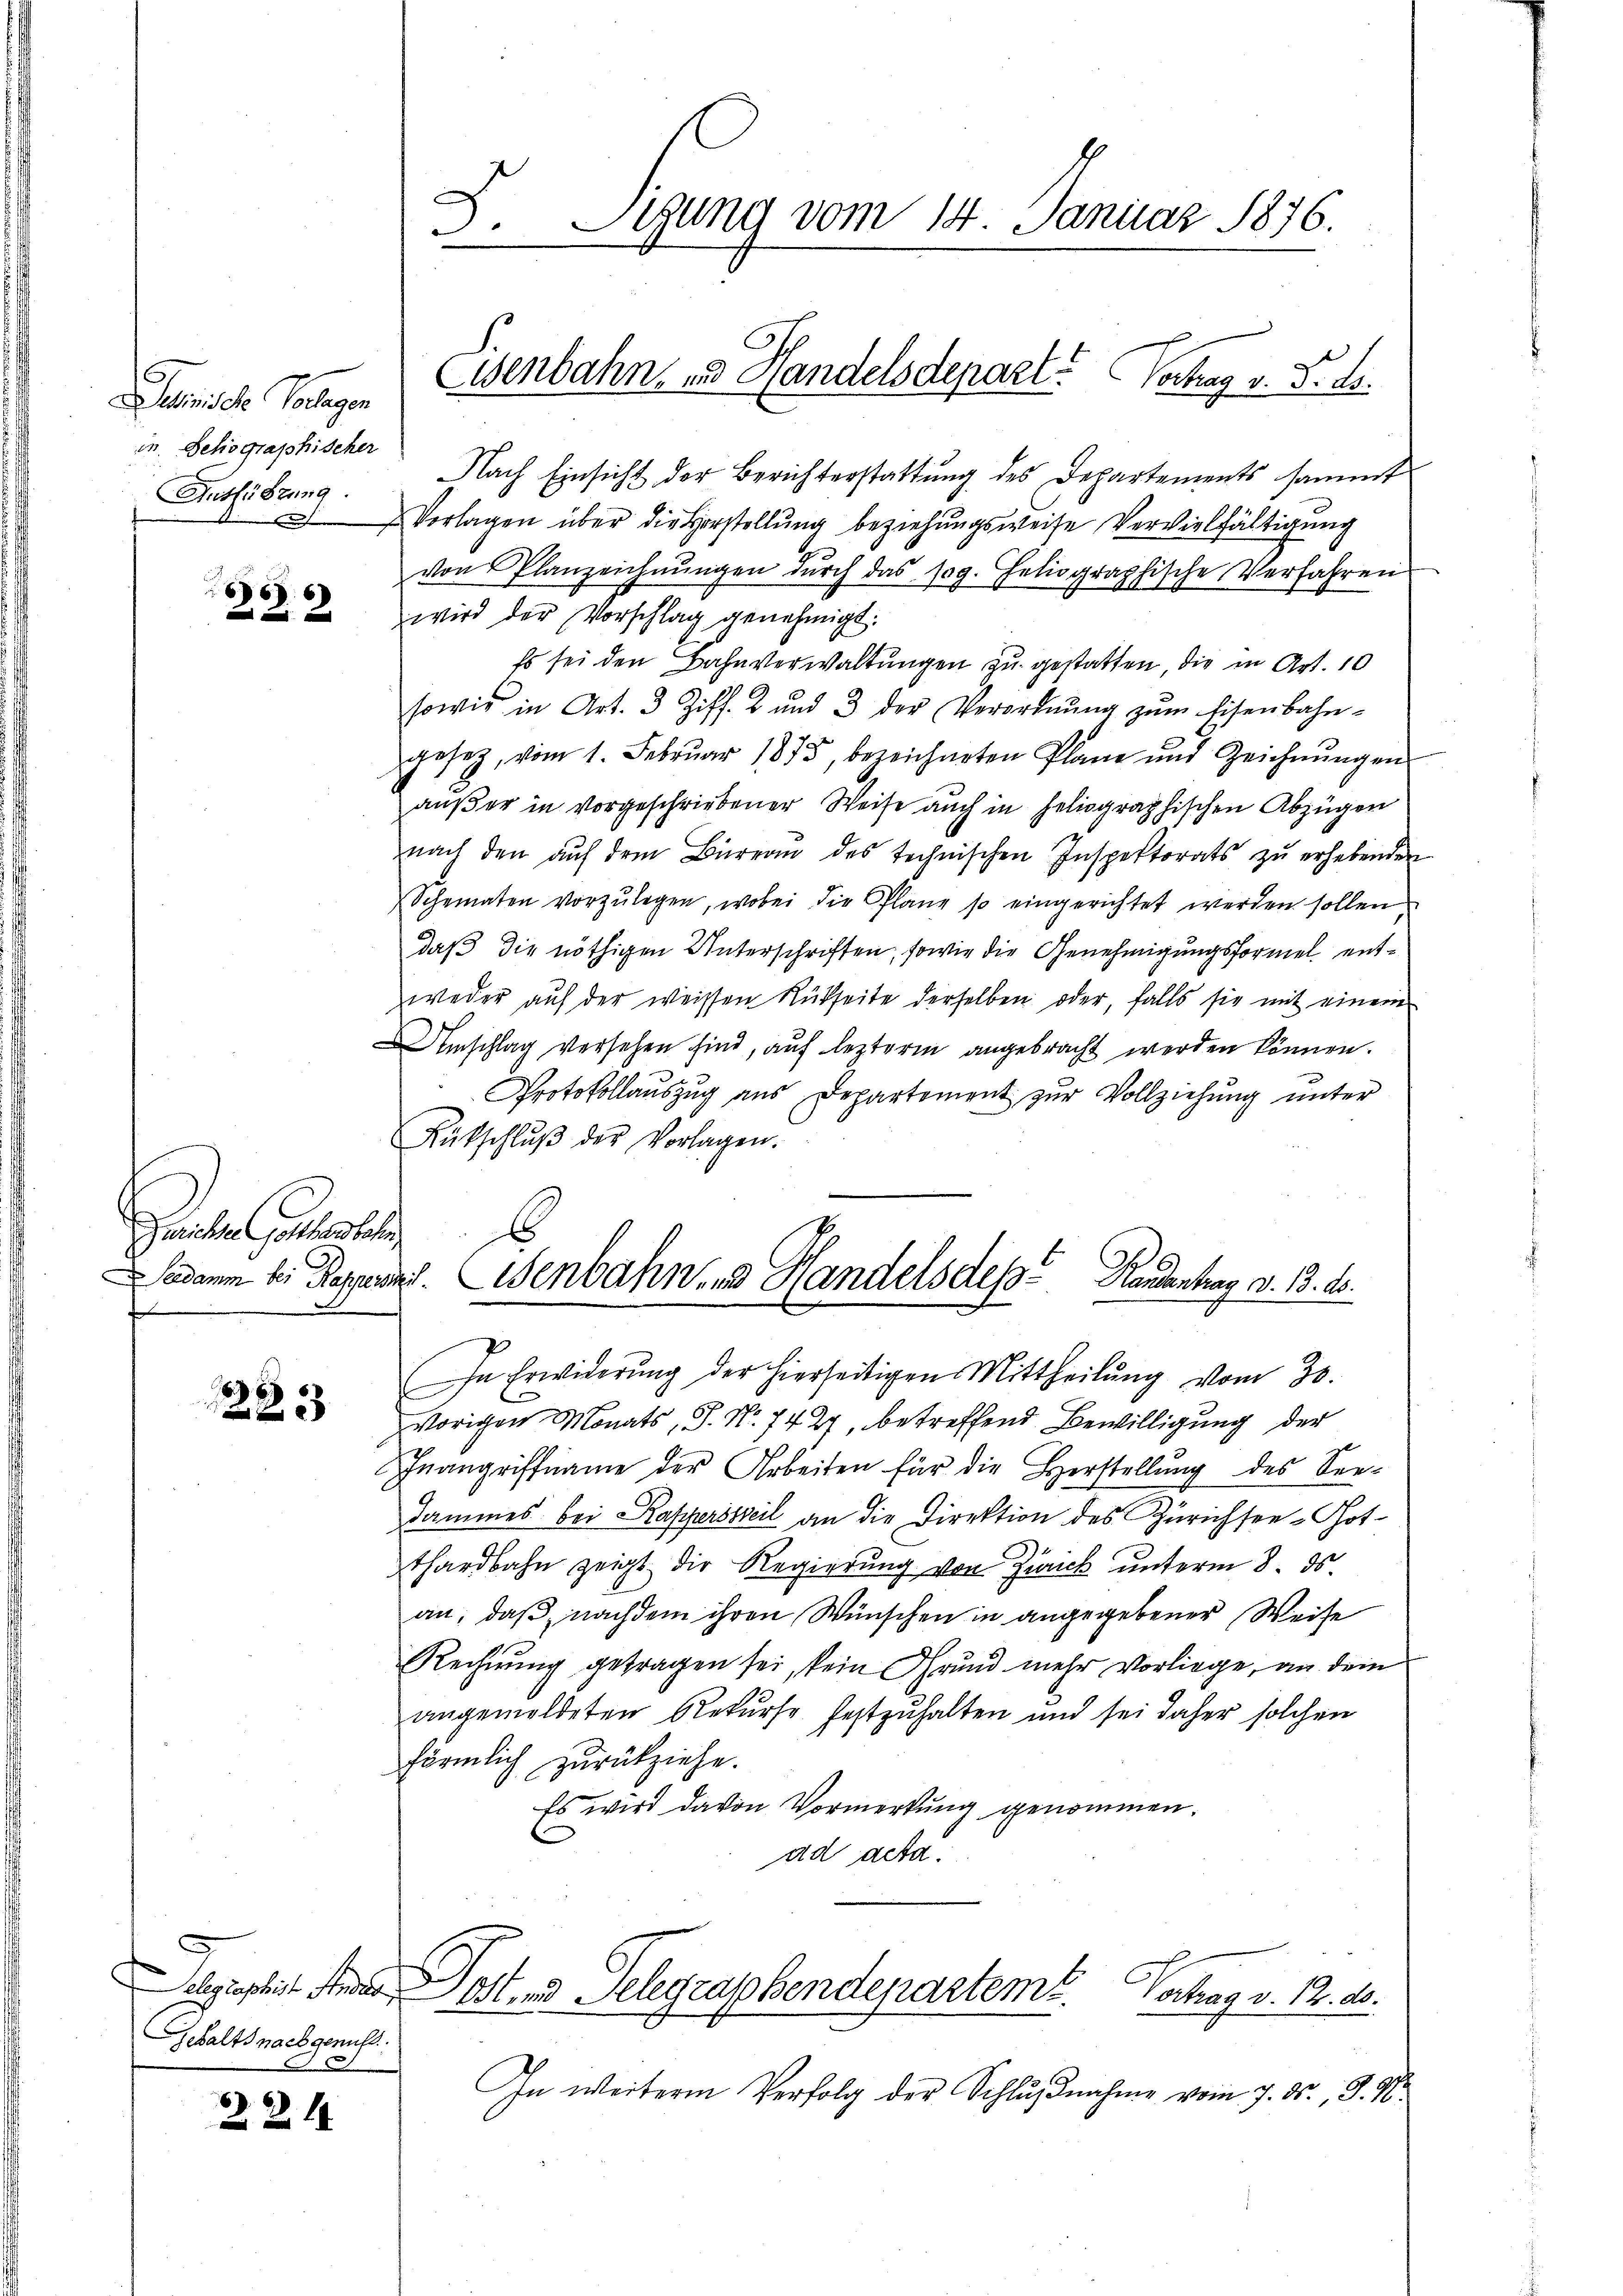
helmi der Vorlegen
in Jehographischer
Autführung.

s

66
u

Gerichen Gottestel
Derdamm bei Rappers

283

elgescheit Ander
Gehalts nach genuss.

2.2. 14

3. Sigung vom 14. Januar 1876.

Eisenbahn zu Handelsdepart. Vertrag v. 5. ds.

Nach Einsicht der Berichterstattŭng des Departements sammt
Vorlagen über die Vorstellŭng beziehŭngsweise Vervielfältigung
von Planzeichnŭngen dŭrch das sog. Heliographische Verfahren
wird der Vorschlag genehmigt.
Es sei den Bahnverwaltungen zu gestatten, die in Art. 10
sowie in Art. 3 Ziff. 2 und 3 der Verordnŭng zŭm Eisenbahn-
gesetz, vom 1. Februar 1875, bezeichneten Plane und Zeichnŭngen
außer in vorgeschriebener Weise auch in seliographischen Abzügen
nach den auf dem Büreau des technischen Inspektorats zu erhebenden
Scheinaten vorzŭlegen, wobei die Plane so eingerichtet werden sollen
daß die nöthigen Unterschriften, sowie die Genehmigungsformel entweder auf der weissen Rückseite derselben oder, falls sie mit einem
Umschlag versehen sind, auf lezterm angebracht werden können.
Protokollauszug aus Departement zur Vollziehung unter
Rütschlŭβ der Vorlagen.
v. Eisenbahnen Handels des Handentrag v. 3. 10.
In Erwiderŭng der hierseitigen Mittheilŭng vom 20.
vorigen Monats, S. Nr. 742, betreffend Bewilligung der
Inangriffname der Arbeiten für die Herstellung des Seedammes bei Kasersteil an die Direktion des Zürichsee-Gotthardbahn zeigt die Regierŭng von Zweck unterm 8. ds
an; daß nachdem ihren Wünschen in angegebener Weise
Rechnung getragen sei, kein Grund mehr Vorliege, an dem
angemeldeten Rekurse festzuhalten und sei daher solchen
förmlich zurückziehe.
Es wird davon Vormerkung genommen.
ad acta.

Post und Telegraphendepartemb. Vortrag v. 12. d.

In weitere Verfolg der Schlŭβnahme vom 7. ds., S. 16